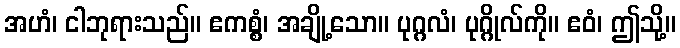
အဟံ၊ ငါဘုရားသည်။ ဧကစ္စံ၊ အချို့သော။ ပုဂ္ဂလံ၊ ပုဂ္ဂိုလ်ကို။ ဧဝံ၊ ဤသို့။